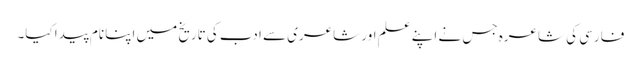
فارسی کی شاعرہ جس نے اپنے علم اور شاعری سے ادب کی تاریخ میں اپنا نام پیدا کیا۔